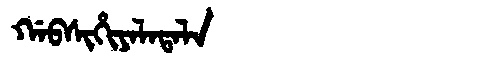
Manchu: ᡤᠠᠪᠰᡳᡥᡳᠶᠠᠯᠠᡨᠠᠯᠠ
Romanization: GABSIHIYALATALA